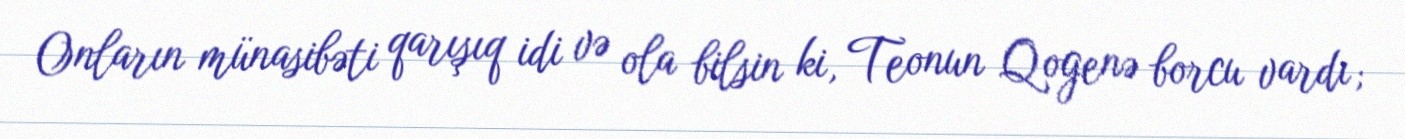
Onların münasibəti qarışıq idi və ola bilsin ki, Teonun Qogenə borcu vardı;